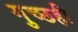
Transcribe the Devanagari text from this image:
गुच्छही